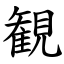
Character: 観